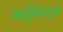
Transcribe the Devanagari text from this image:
क्यूब्रिस्ट्स